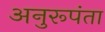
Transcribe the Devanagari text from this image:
अनुरूपंता